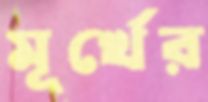
মূর্খের